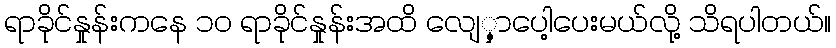
ရာခိုင်နှုန်းကနေ ၁၀ ရာခိုင်နှုန်းအထိ လျေှ့ာပေါ့ပေးမယ်လို့ သိရပါတယ်။